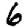
Digit: 6